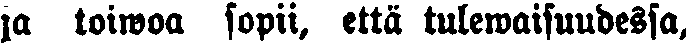
la toiwoa sopii, että tulewaisuudessa,